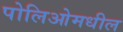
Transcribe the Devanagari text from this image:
पोलिओमधील